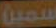
سمين